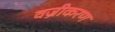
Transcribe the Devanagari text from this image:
वज्रीकरण